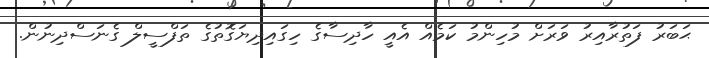
ޙަބަރު ފަތުރާއިރު ވަރަށް މުހިންމު ކަމެއް އެއީ ހާދިސާގެ ހިގައިދިޔަގޮތުގެ ތަފްސީލް ގެނަސްދިނުން.